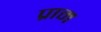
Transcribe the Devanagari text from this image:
प्राम